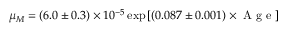
\mu _ { M } = ( 6 . 0 \pm 0 . 3 ) \times 1 0 ^ { - 5 } \exp { [ ( 0 . 0 8 7 \pm 0 . 0 0 1 ) \times \mathrm { ~ A ~ g ~ e ~ } ] }